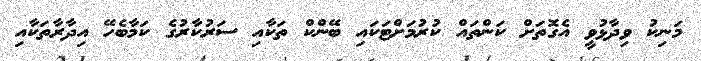
މަނިކު ވިދާޅުވީ އެގޮތަށް ކަންތައް ކުރުމަށްޓަކައި ބޭންކް ތަކާއި ސަރުކާރުގެ ކަމާބެހޭ އިދާރާތަކާއި